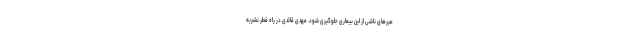
میر‌های ناشی از این بیماری جلوگیری شود. مهدی قائدی در راه قطر نشریه